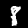
Digit: 8